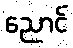
ညောင်